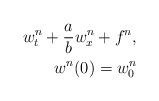
LaTeX: \begin{align*} w_{t}^{n}+\frac{a}{b}w_{x}^{n}+f^n,\\ w^n(0)=w_{0}^{n}\end{align*}